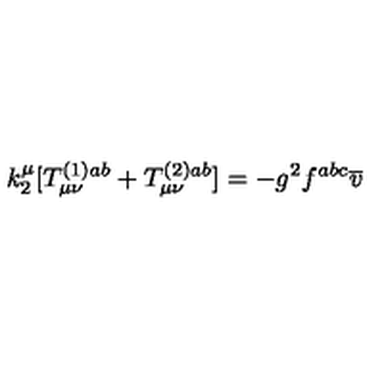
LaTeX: k _ { 2 } ^ { \mu } [ T _ { \mu \nu } ^ { ( 1 ) a b } + T _ { \mu \nu } ^ { ( 2 ) a b } ] = - g ^ { 2 } f ^ { a b c } \overline { { v } }